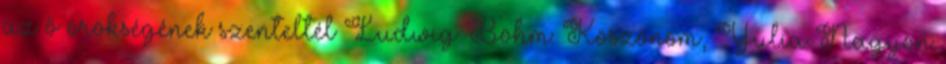
az ő örökségének szenteltél Ludwig Böhm: Köszönöm, Yulia Nagyon